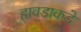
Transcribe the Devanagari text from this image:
हावडाकडे